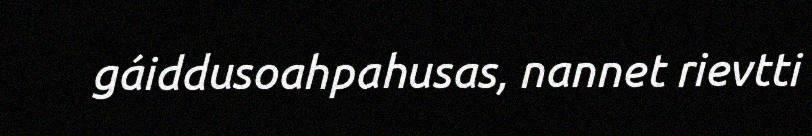
gáiddusoahpahusas, nannet rievtti